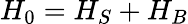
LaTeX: H_{0}=H_{S}+H_{B}